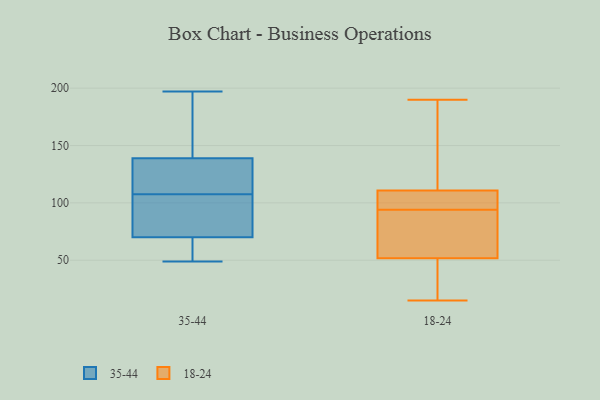
{"axis": {"x": "Energy Usage (MWh)", "y": "Value"}, "legend": ["18-24", "35-44"], "data": [{"x": "", "y": 136, "type": "35-44"}, {"x": "", "y": 80, "type": "35-44"}, {"x": "", "y": 157, "type": "35-44"}, {"x": "", "y": 133, "type": "35-44"}, {"x": "", "y": 102, "type": "35-44"}, {"x": "", "y": 57, "type": "35-44"}, {"x": "", "y": 197, "type": "35-44"}, {"x": "", "y": 49, "type": "35-44"}, {"x": "", "y": 139, "type": "35-44"}, {"x": "", "y": 106, "type": "35-44"}, {"x": "", "y": 71, "type": "35-44"}, {"x": "", "y": 194, "type": "35-44"}, {"x": "", "y": 70, "type": "35-44"}, {"x": "", "y": 57, "type": "35-44"}, {"x": "", "y": 197, "type": "35-44"}, {"x": "", "y": 69, "type": "35-44"}, {"x": "", "y": 109, "type": "35-44"}, {"x": "", "y": 131, "type": "35-44"}, {"x": "", "y": 190, "type": "18-24"}, {"x": "", "y": 67, "type": "18-24"}, {"x": "", "y": 94, "type": "18-24"}, {"x": "", "y": 38, "type": "18-24"}, {"x": "", "y": 54, "type": "18-24"}, {"x": "", "y": 189, "type": "18-24"}, {"x": "", "y": 110, "type": "18-24"}, {"x": "", "y": 15, "type": "18-24"}, {"x": "", "y": 111, "type": "18-24"}, {"x": "", "y": 51, "type": "18-24"}, {"x": "", "y": 110, "type": "18-24"}]}